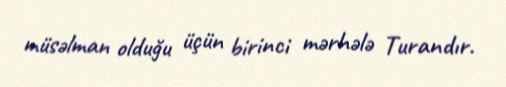
müsəlman olduğu üçün birinci mərhələ Turandır.